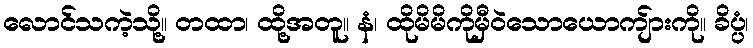
လောင်သကဲ့သို့။ တထာ၊ ထို့အတူ။ နံ၊ ထိုမိမိကိုမှီဝဲသောယောကျ်ားကို။ ခိပ္ပံ၊